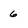
Character: 6